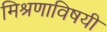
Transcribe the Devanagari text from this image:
मिश्रणाविषयी